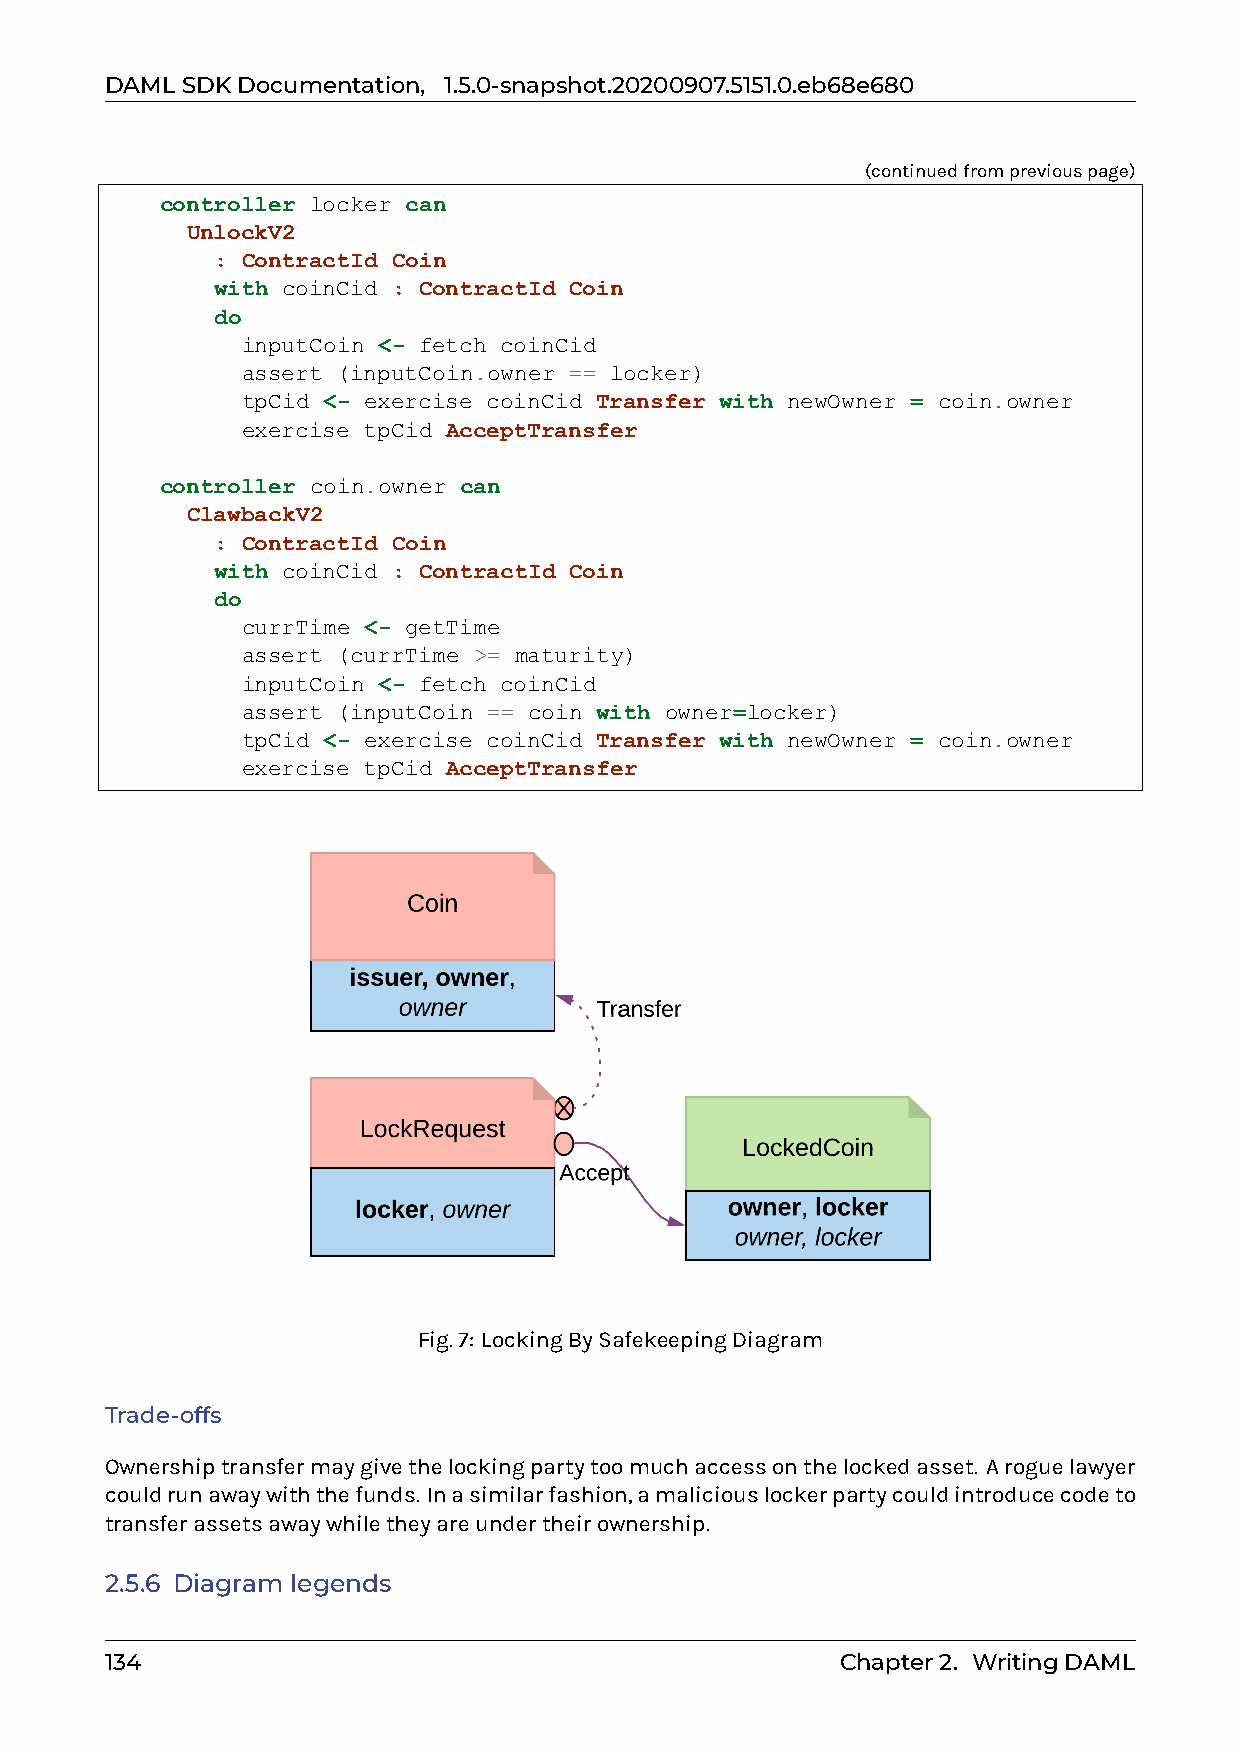
DAMLSDKDocumentation, 1.5.0-snapshot.20200907.5151.0.eb68e680
 (continuedfrompreviouspage)
 controller locker can
 UnlockV2
 : ContractId Coin
 with coinCid : ContractId Coin
 do
 inputCoin <- fetch coinCid
 assert (inputCoin.owner == locker)
 tpCid <- exercise coinCid Transfer with newOwner = coin.owner
 exercise tpCid AcceptTransfer
 controller coin.owner can
 ClawbackV2
 : ContractId Coin
 with coinCid : ContractId Coin
 do
 currTime <- getTime
 assert (currTime >= maturity)
 inputCoin <- fetch coinCid
 assert (inputCoin == coin with owner=locker)
 tpCid <- exercise coinCid Transfer with newOwner = coin.owner
 exercise tpCid AcceptTransfer
 Fig.7: LockingBySafekeepingDiagram
 Trade-offs
 Ownershiptransfermaygivethelockingpartytoomuchaccessonthelockedasset. Aroguelawyer
 couldrunawaywiththefunds. Inasimilarfashion,amaliciouslockerpartycouldintroducecodeto
 transferassetsawaywhiletheyareundertheirownership.
 2.5.6 Diagram legends
 134                                              Chapter2. WritingDAML